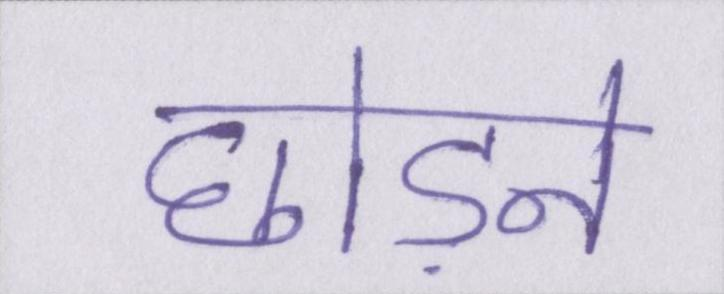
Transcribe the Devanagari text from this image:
छोड़ने